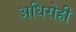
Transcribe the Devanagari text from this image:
अधिरोही